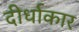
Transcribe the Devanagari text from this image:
दीर्धाकार